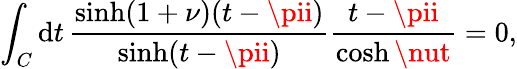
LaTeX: \int_{C}\mathrm{d}t\, \frac{{\sinh(1+\nu)(t-\pii)}}{{\sinh(t-\pii)}}\frac{{t-\pii}}{{\cosh\nut}}=0,